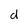
Character: d